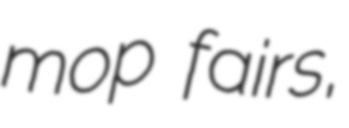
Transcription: mop fairs,